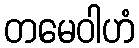
တမေဝါဟံ